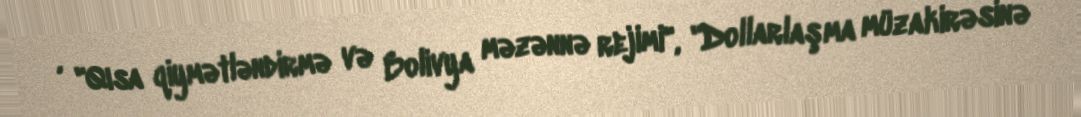
, "Qısa qiymətləndirmə və Bolivya məzənnə rejimi", "Dollarlaşma müzakirəsinə